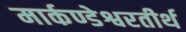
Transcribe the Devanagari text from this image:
मार्कण्डेश्वरतीर्थ